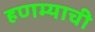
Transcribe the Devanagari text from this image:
हणम्याची